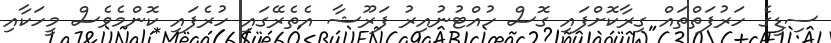
ސިޑީގެ ހަރުފަތްތައް ގިރާކޮށްފައި ގޮސް ހުއްޓުނުއިރު ފަރޫޝާ އެތެރޭގައި ހުރެފައި ކޮންމެވެސް މީހަކާއި